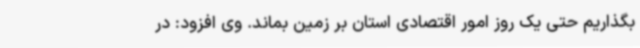
بگذاریم حتی یک روز امور اقتصادی استان بر زمین بماند. وی افزود: در